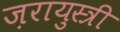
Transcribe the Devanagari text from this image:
ज़रायुस्त्री